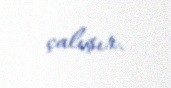
çalışır.